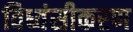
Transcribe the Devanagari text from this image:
विध्वंसीकरण